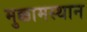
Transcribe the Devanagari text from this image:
मुक्कामस्थान